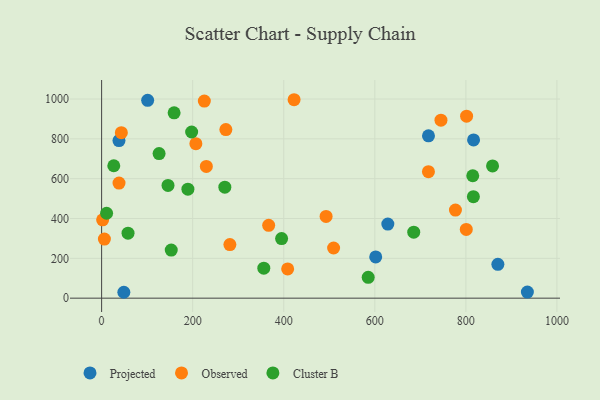
{"axis": {"x": "Study Hours", "y": "Sales"}, "legend": ["Cluster B", "Observed", "Projected"], "data": [{"x": "870.3", "y": 169.9, "type": "Projected"}, {"x": "935.1", "y": 30.4, "type": "Projected"}, {"x": "717.9", "y": 815.3, "type": "Projected"}, {"x": "38.1", "y": 791.4, "type": "Projected"}, {"x": "816.9", "y": 794.5, "type": "Projected"}, {"x": "48.8", "y": 29.6, "type": "Projected"}, {"x": "602.0", "y": 206.9, "type": "Projected"}, {"x": "101.1", "y": 993.2, "type": "Projected"}, {"x": "628.6", "y": 371.8, "type": "Projected"}, {"x": "801.6", "y": 913.6, "type": "Observed"}, {"x": "717.8", "y": 635.3, "type": "Observed"}, {"x": "408.6", "y": 147.0, "type": "Observed"}, {"x": "745.3", "y": 893.9, "type": "Observed"}, {"x": "43.3", "y": 831.2, "type": "Observed"}, {"x": "493.0", "y": 410.4, "type": "Observed"}, {"x": "272.9", "y": 846.6, "type": "Observed"}, {"x": "422.7", "y": 996.4, "type": "Observed"}, {"x": "225.6", "y": 989.4, "type": "Observed"}, {"x": "6.1", "y": 296.5, "type": "Observed"}, {"x": "366.9", "y": 365.7, "type": "Observed"}, {"x": "38.2", "y": 577.9, "type": "Observed"}, {"x": "800.9", "y": 345.0, "type": "Observed"}, {"x": "2.2", "y": 393.6, "type": "Observed"}, {"x": "230.0", "y": 661.4, "type": "Observed"}, {"x": "509.5", "y": 251.9, "type": "Observed"}, {"x": "207.0", "y": 775.6, "type": "Observed"}, {"x": "281.7", "y": 269.1, "type": "Observed"}, {"x": "777.1", "y": 442.5, "type": "Observed"}, {"x": "152.9", "y": 241.3, "type": "Cluster B"}, {"x": "816.5", "y": 509.6, "type": "Cluster B"}, {"x": "685.5", "y": 331.2, "type": "Cluster B"}, {"x": "197.7", "y": 834.3, "type": "Cluster B"}, {"x": "585.5", "y": 104.7, "type": "Cluster B"}, {"x": "58.0", "y": 326.3, "type": "Cluster B"}, {"x": "159.2", "y": 930.8, "type": "Cluster B"}, {"x": "815.1", "y": 614.6, "type": "Cluster B"}, {"x": "356.2", "y": 150.7, "type": "Cluster B"}, {"x": "145.8", "y": 566.0, "type": "Cluster B"}, {"x": "189.5", "y": 547.4, "type": "Cluster B"}, {"x": "10.9", "y": 426.3, "type": "Cluster B"}, {"x": "26.7", "y": 664.9, "type": "Cluster B"}, {"x": "858.6", "y": 664.1, "type": "Cluster B"}, {"x": "270.6", "y": 557.1, "type": "Cluster B"}, {"x": "126.2", "y": 726.2, "type": "Cluster B"}, {"x": "395.3", "y": 299.3, "type": "Cluster B"}]}